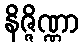
နိဇ္ဇိဏ္ဏာ